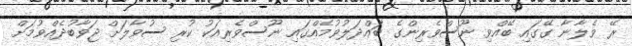
ރޭ ވެލާނާ ގޭގައި ބޭއްވި ނޫސްވެރިންގެ ބައްދަލުވުމެއްގައި ނޫސްވެރިއަކު ކުރި ސުވާލަށް ޖަވާބުދެއްވުމަށް